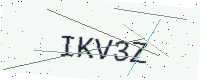
Text: IKV3Z